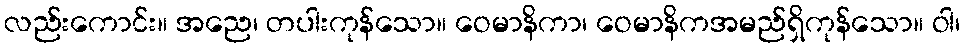
လည်းကောင်း။ အညေ၊ တပါးကုန်သော။ ဝေမာနိကာ၊ ဝေမာနိကအမည်ရှိကုန်သော။ ဝါ၊